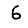
Digit: 6